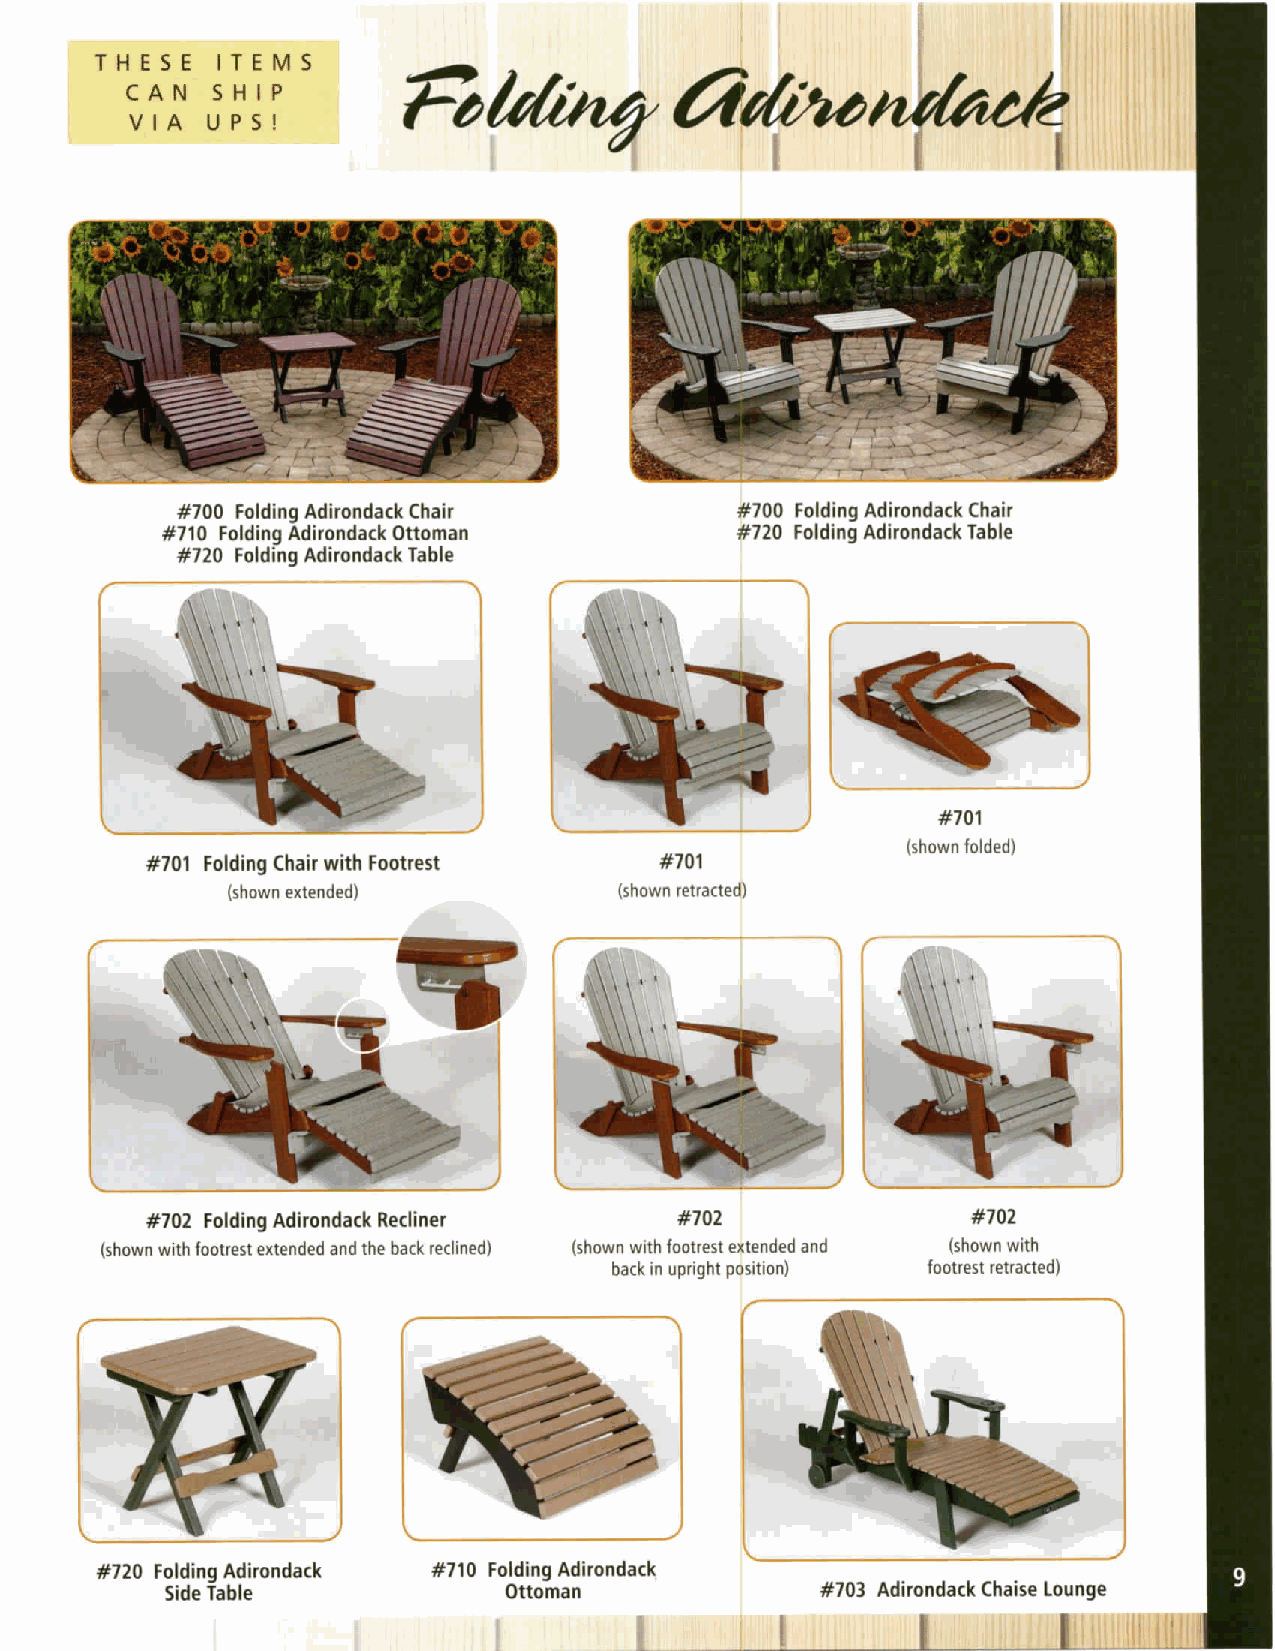
7]Owdrty:rfu
 .I,=T H E S E I T E M S
 I.I, CAN   SHIP
 VIA  UPS!
 I
 #700 folding Adirondack Chair
 £;!8::l'#8f8i:::8:#fahfli:
 #710 Fold ng Adirondack Ottoman
 #720 Fo ding Adil.ondack Table
 #701
 (shown folded)
 #701 Folding Chair with Footrest  #701
 (shown extended)          (shown retracted)
 #702 Folding Adirondack Recliner   #702               #702
 (shown with footrest extended and the back reclined) (shown with footrest extended and (shown with
 back in upright position) footrest retracted)
 #720 F::8i##:rondack   #710 Folding Adirondack
 Ottoman              #703 Adirondack Chaise Lounge